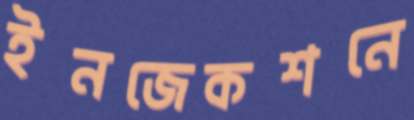
ইনজেকশনে